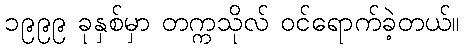
၁၉၉၉ ခုနှစ်မှာ တက္ကသိုလ် ဝင်ရောက်ခဲ့တယ်။